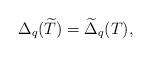
LaTeX: \begin{align*}\Delta_{q}(\widetilde{T}) = \widetilde{\Delta}_{q}(T),\end{align*}